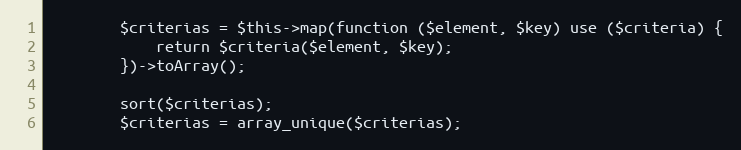
Language: PHP
        $criterias = $this->map(function ($element, $key) use ($criteria) {
            return $criteria($element, $key);
        })->toArray();

        sort($criterias);
        $criterias = array_unique($criterias);